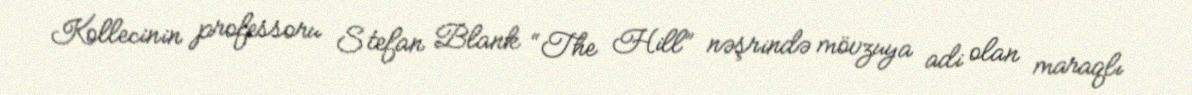
Kollecinin professoru Stefan Blank “The Hill” nəşrində mövzuya adi olan maraqlı